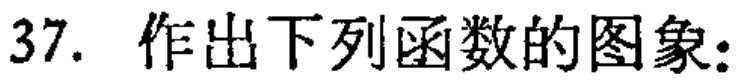
37. 作出下列函数的图象: